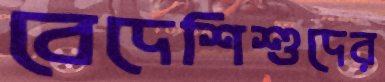
বেদেশিশুদের